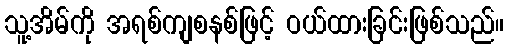
သူ့အိမ်ကို အရစ်ကျစနစ်ဖြင့် ဝယ်ထားခြင်းဖြစ်သည်။